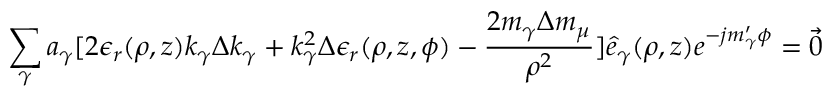
\sum _ { \gamma } a _ { \gamma } [ 2 \epsilon _ { r } ( \rho , z ) k _ { \gamma } \Delta k _ { \gamma } + k _ { \gamma } ^ { 2 } \Delta \epsilon _ { r } ( \rho , z , \phi ) - \frac { 2 m _ { \gamma } \Delta m _ { \mu } } { \rho ^ { 2 } } ] \hat { e } _ { \gamma } ( \rho , z ) e ^ { - j m _ { \gamma } ^ { \prime } \phi } = { \vec { 0 } }